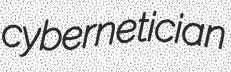
cybernetician